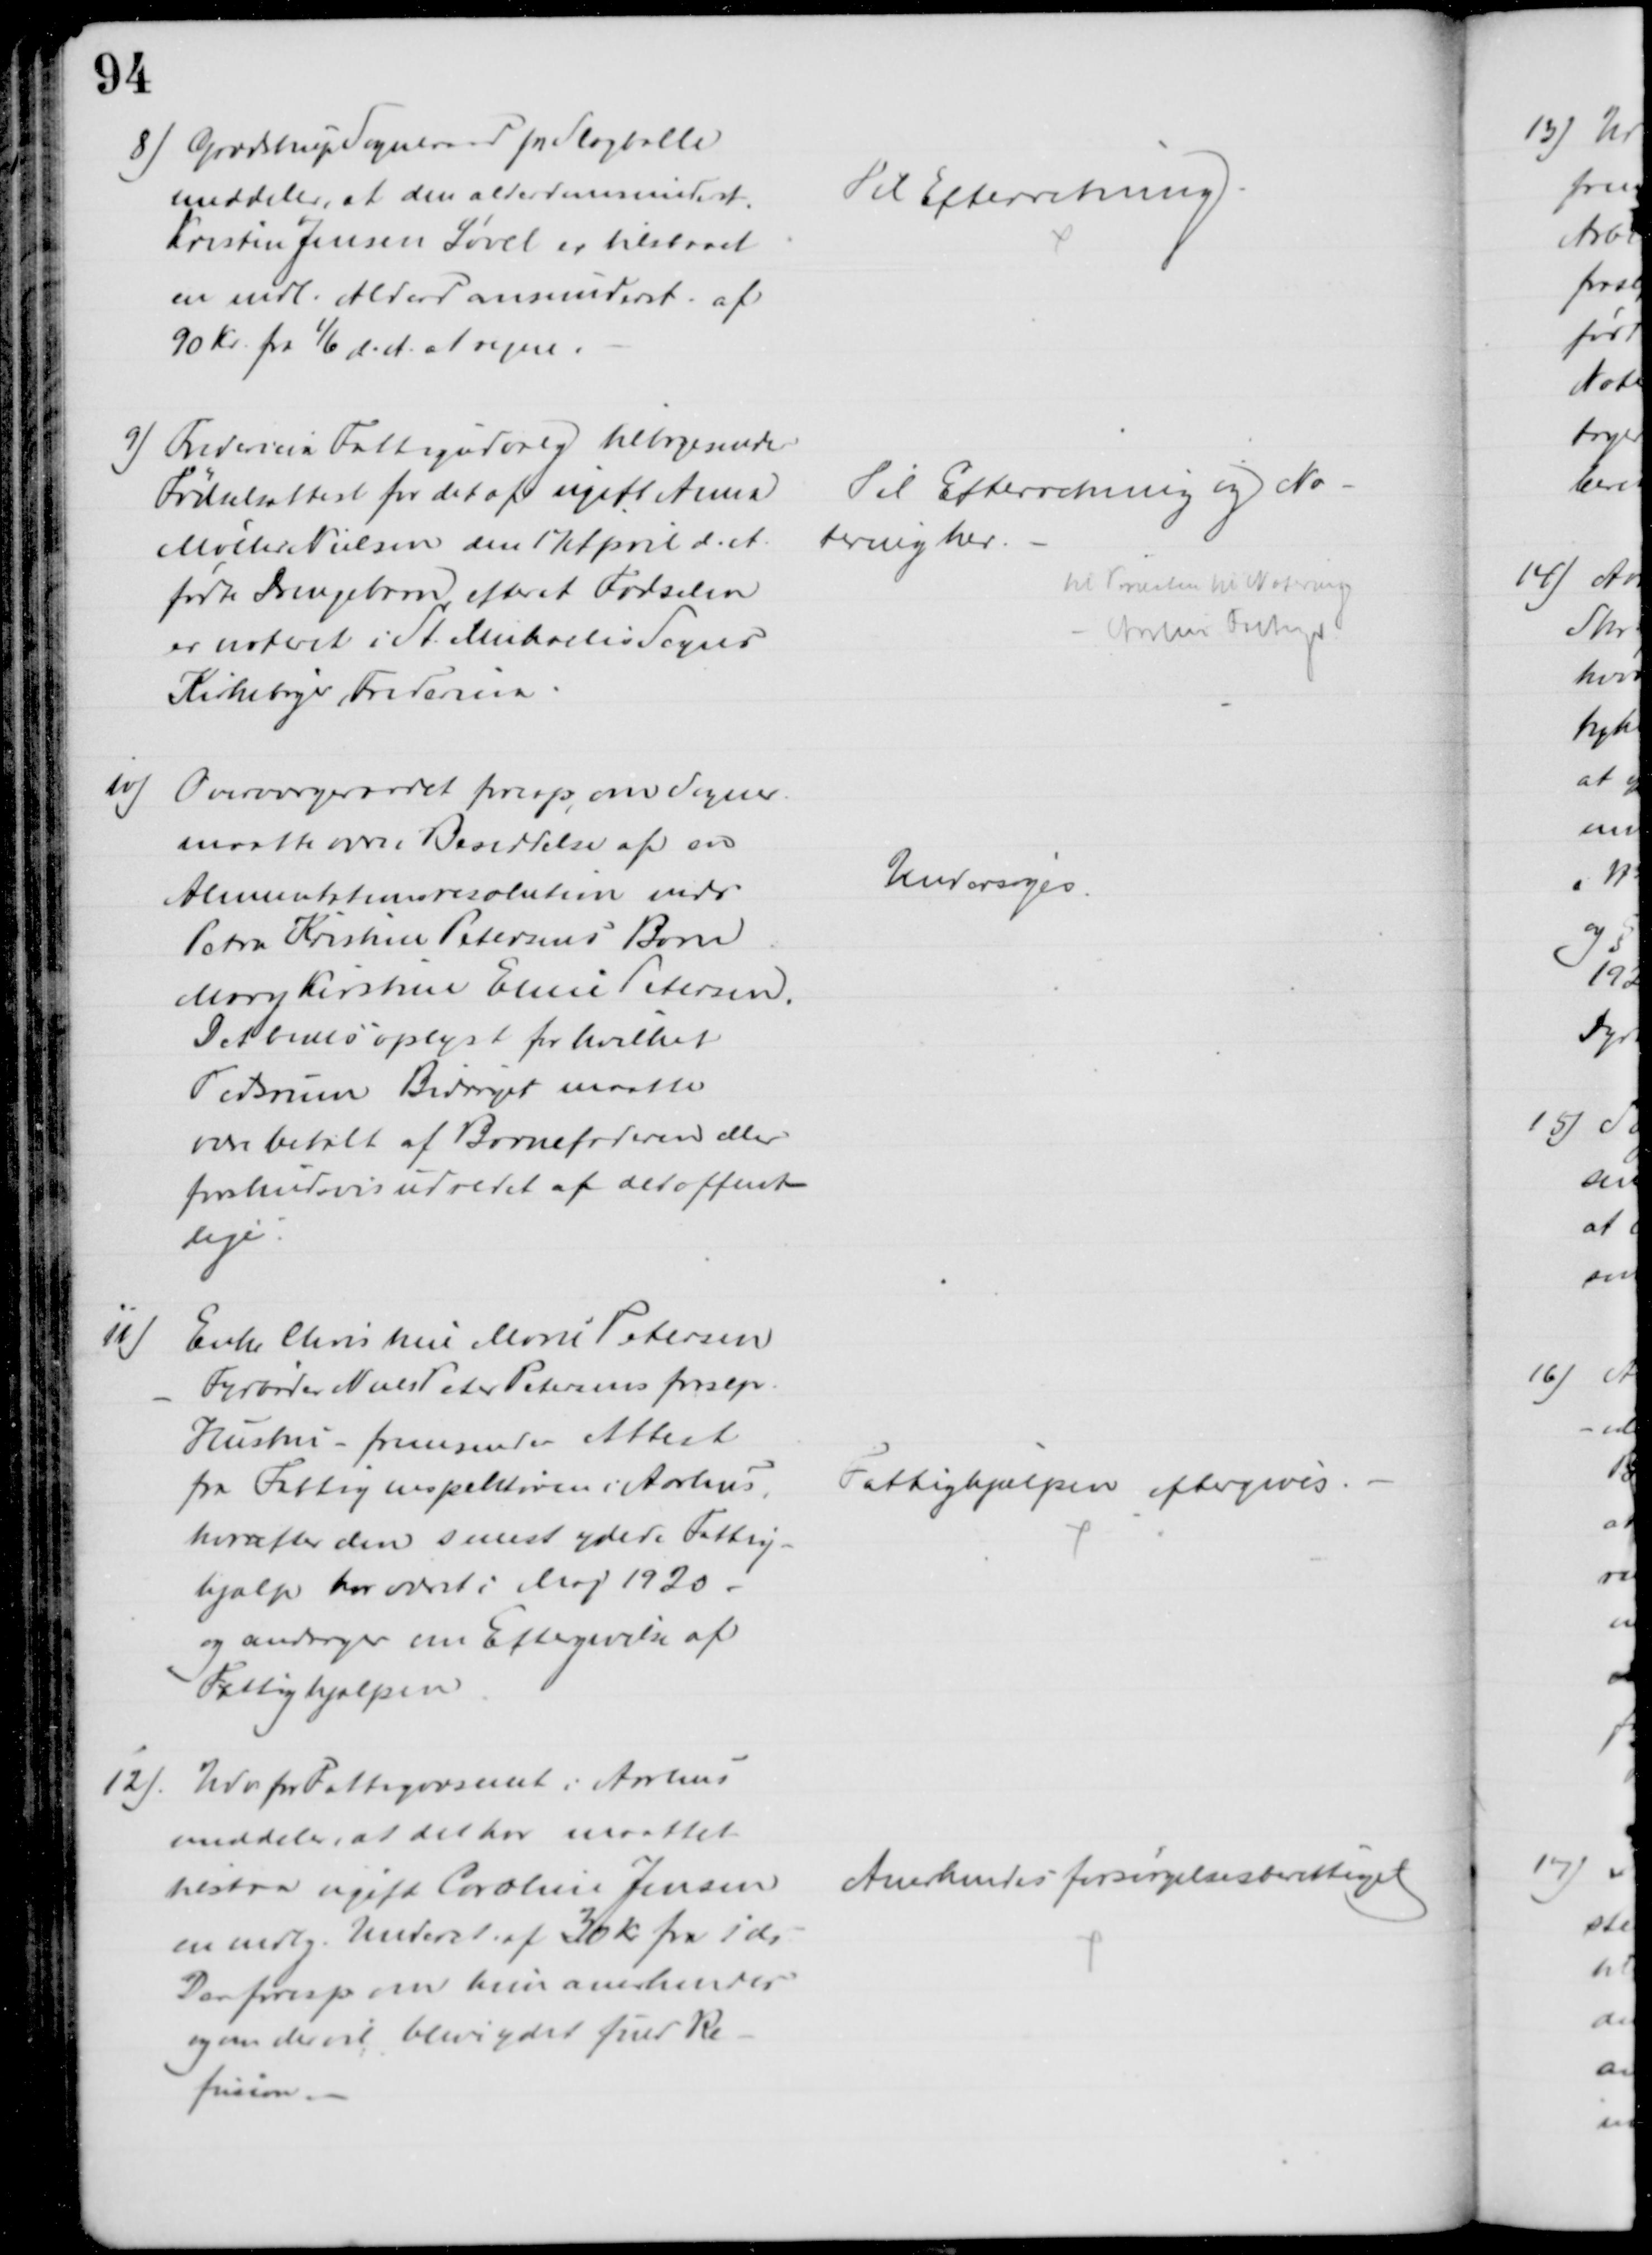
Transskription:
8) Grædstrup Sogneraad pr Slagballe
meddeler, at den alderdomsunderst.
Kristen Jensen Løvel er tilstaaet
en mdl. Alderdomsunderst. af
90 Kr. fra 1/6 d. A. at regne.
Til Efterretning.
9) Fredericia Fattigudvalg tilbagesender
Fødselsattest for det af ugift Anna
Møller Nielsen den 17 April d. A.
fødte Drengebarn efter at Fødselen
er noteret i St. Michaelis Sogns
Kirkebøger, Fredericia.
Til Efterretning og No-
tering her.
til Præsten til Notering
Aarhus Fattigv.
10)
Overværgeraadet foresp, om Sogner.
maatte være i Besiddelse af en
Alimentationsresolution vedr
Petra Kristine Petersens Barn
Mary Kirstine Eline Petersen.
Det bedes oplyst for hvilket
Tidsrum Bidraget maatte
være betalt af Barnefaderen eller
forskudsvis udredet af det offent-
lige
Undersøges.
11)
Enke Christine Marie Petersen
Fyrbøder Niels Peter Petersens frasep.
Hustru - fremsender Attest
fra Fattiginspektøren i Aarhus,
hvorefter den senest ydede Fattig-
hjælp har været i Maj 1920
og andrager om Eftergivelse af
Fattighjælpen
Fattighjælpen eftergives.
12)
Udv for Fattigvæsenet i Aarhus
meddeler, at det har maattet
tilstaa ugift Caroline Jensen
en mdlg. Underst. af 30 Kr fra 1' ds.
Der foresp om hun anerkendes
og om der vil blive ydet fuld Re-
fusion
Anerkendes forsørgelsesberettiget